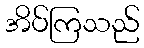
အိပ်ကြသည်